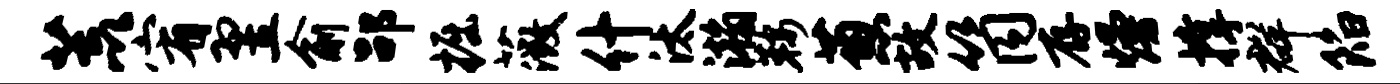
荒宥翌俞劭掘薇什汰瀚鞍葱故筒存熳撑群陷